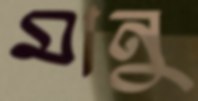
মানু